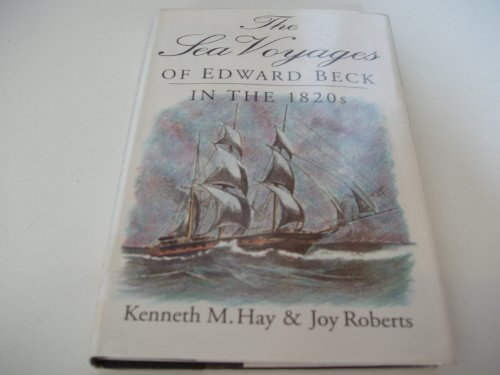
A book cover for The Sea Voyages of Edward Beck in the 1820s; Edward Beck; Travel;